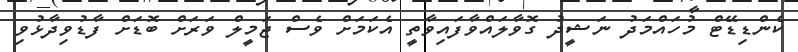
ކެންޑިޑޭޓް މުހައްމަދު ނަޝީދު ގޮވާލައްވާފައިވާތީ އެކަމަށް ވެސް ޖަމީލް ވަރަށް ބޮޑަށް ފާޑުވިދާޅުވި